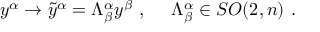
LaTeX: { y } ^ { \alpha } \rightarrow \tilde { y } ^ { \alpha } = \Lambda _ { \beta } ^ { \alpha } y ^ { \beta } ~ , ~ ~ ~ ~ \Lambda _ { \beta } ^ { \alpha } \in S O ( 2 , n ) ~ .